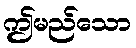
ဤမည်သော